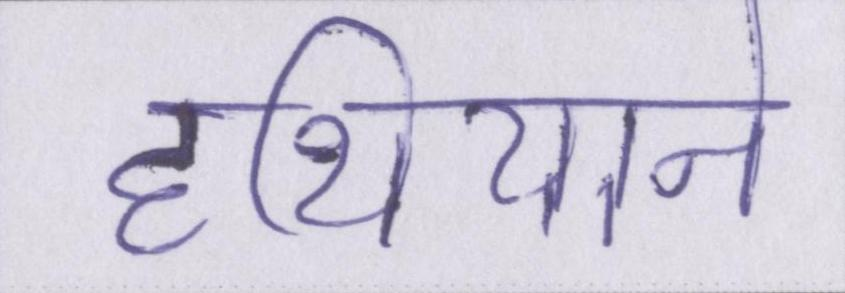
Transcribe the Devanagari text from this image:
हथियाने